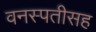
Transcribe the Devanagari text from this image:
वनस्पतीसह